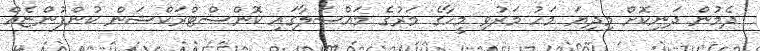
ދެމުން ދަނިކޮށް މިދިޔަ މަހު މަރުވި މީހާގެ މަރުގެ މައްސަލާގައި ކޮންސްޓްރަކްޝަން ކުންފުންޏެއް